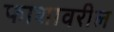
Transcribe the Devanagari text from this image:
फाशावरील